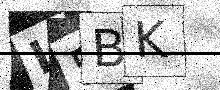
Text: L5BK